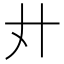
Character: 𢌭